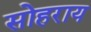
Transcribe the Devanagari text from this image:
सोहराय